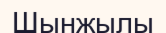
Шынжылы